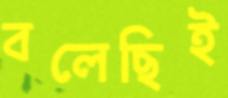
বলেছিই